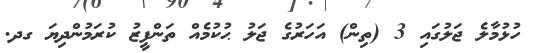
ހުޅުމާލެ ޖަލުގައި 3 (ތިން) އަހަރުގެެ ޖަލު ޙުކުމެއް ތަންފީޒު ކުރަމުންދިޔަ ގދ.